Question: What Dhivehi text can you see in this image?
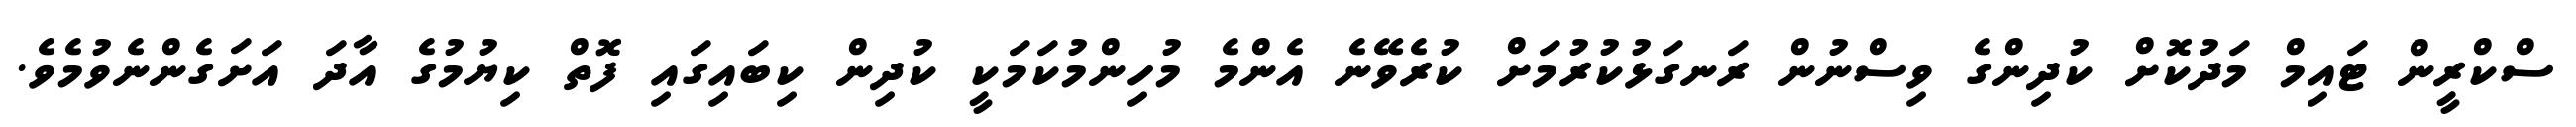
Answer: ސްކްރީން ޓައިމް މަދުކޮށް ކުދިންގެ ވިސްނުން ރަނގަޅުކުރުމަށް ކުރެވޭނެ އެންމެ މުހިންމުކަމަކީ ކުދިން ކިބައިގައި ފޮތް ކިޔުމުގެ އާދަ އަށަގެންނެވުމެވެ.